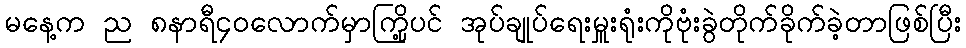
မနေ့က ည ၈နာရီ၄၀လောက်မှာကြို့ပင် အုပ်ချုပ်ရေးမှူးရုံးကိုဗုံးခွဲတိုက်ခိုက်ခဲ့တာဖြစ်ပြီး